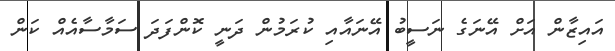
އައިޒާން އަށް އޭނަގެ ނަސީބު އޭނައާއި ކުރަމުން ދަނީ ކޮންފަދަ ސަމާސާއެއް ކަން